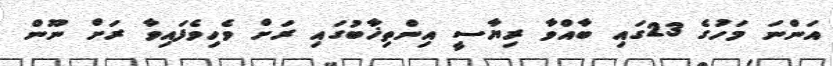
އަންނަ މަހުގެ 23ގައި ބާއްވާ ރިޔާސީ އިންތިޚާބުގައި ރަށް ވެހިވެފައިވާ ރަށް ނޫން